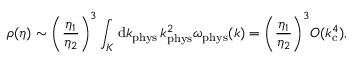
\rho ( \eta ) \sim \biggl ( \frac { \eta _ { 1 } } { \eta _ { 2 } } \biggr ) ^ { 3 } \int _ { \cal K } \mathrm { d } k _ { \mathrm { p h y s } } \, k _ { \mathrm { p h y s } } ^ { 2 } \omega _ { \mathrm { p h y s } } ( k ) = \biggl ( \frac { \eta _ { 1 } } { \eta _ { 2 } } \biggr ) ^ { 3 } { \cal O } ( k _ { \mathrm { c } } ^ { 4 } ) ,